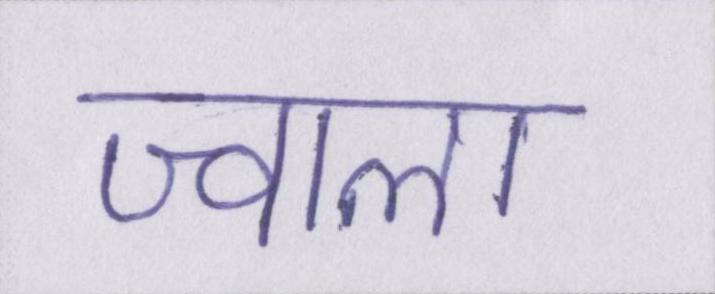
ज्वाला